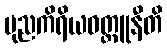
ပုညကိရိယဝတ္ထူနီတိ